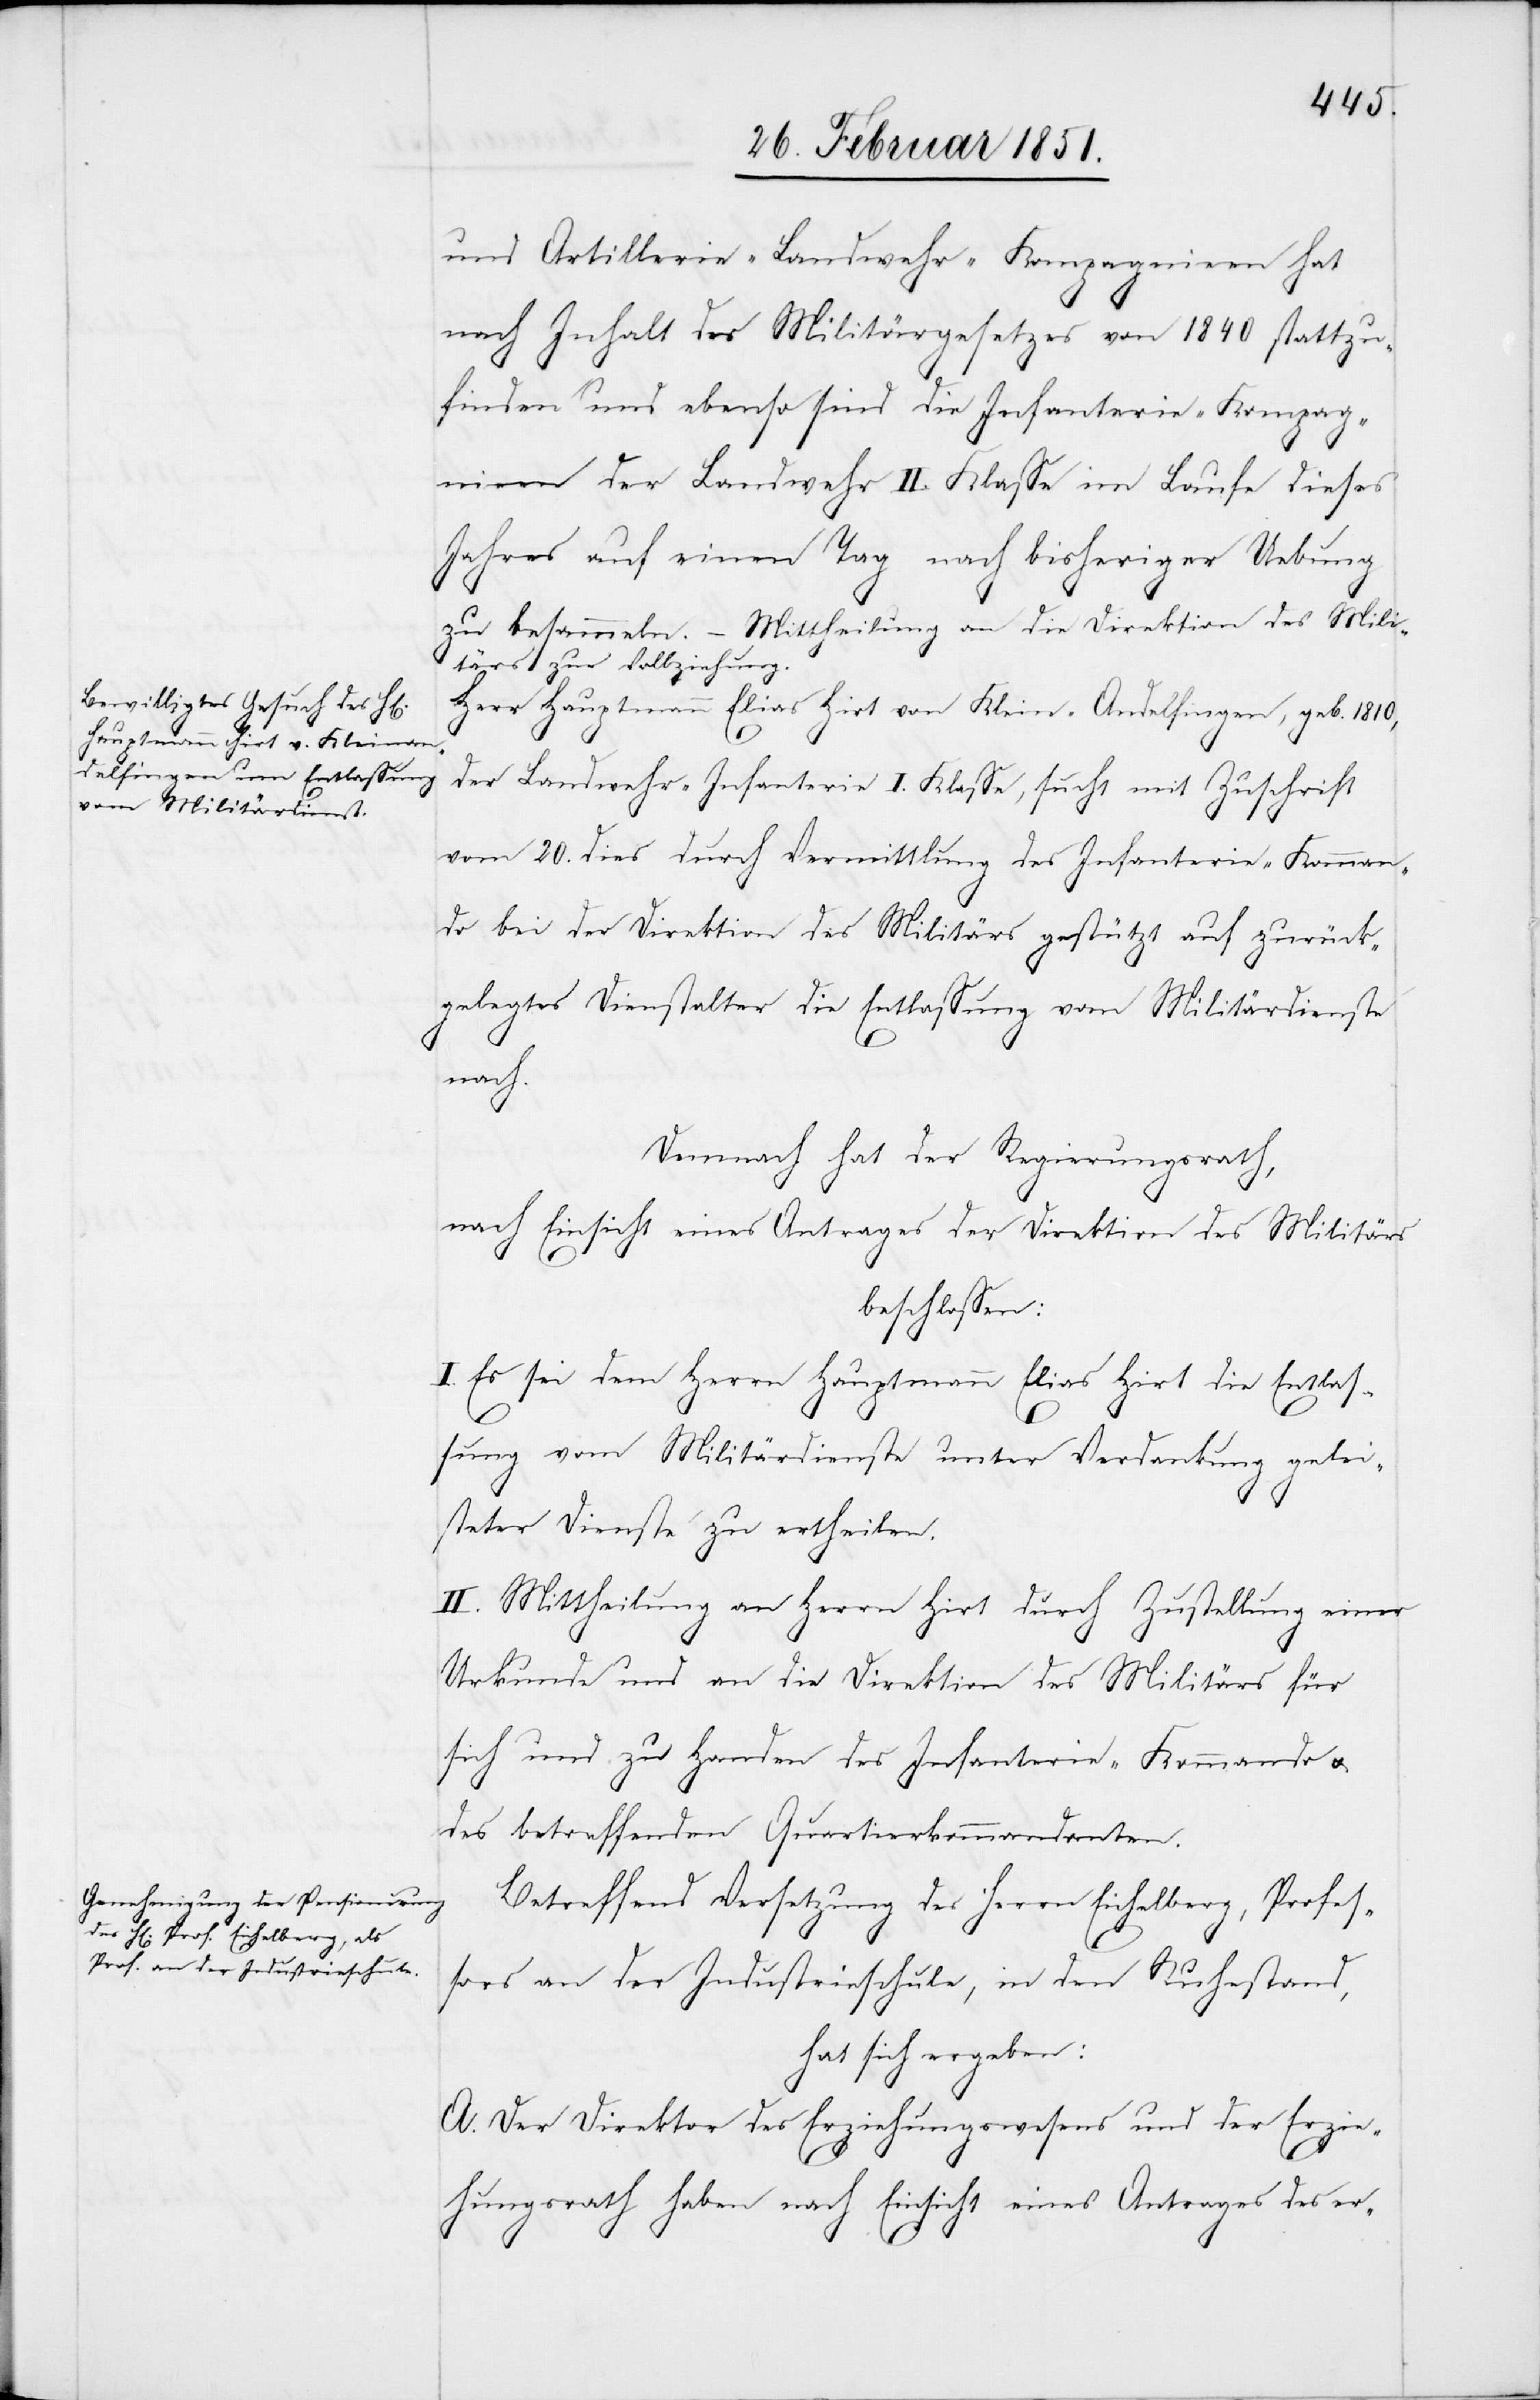
und Artillerie-Landwehr-Kompagnien hat
nach Inhalt des Militärgesetzes von 1840 stattzu¬
finden und ebenso sind die Infanterie-Kompagnieen
[sic!] der Landwehr II. Klasse im Laufe dieses
Jahres auf einen Tag nach bisheriger Uebung
zu besammeln. – Mittheilung an die Direktion des Mili¬
tärs zur Vollziehung.
Herr Hauptmann Elias Hirt von Klein-Andelfingen, geb. 1810,
der Landwehr-Infanterie I. Klasse, sucht mit Zuschrift
vom 20. dies[s] durch Vermittlung des Infanterie-Komman¬
do bei der Direktion des Militärs gestützt auf zurück¬
gelegtes Dienstalter die Entlassung vom Militärdienste
nach.
Demnach hat der Regierungsrath,
nach Einsicht eines Antrages der Direktion des Militärs
beschlossen:
I. Es sei dem Herrn Hauptmann Elias Hirt die Entlas¬
sung vom Militärdienste unter Verdankung gelei¬
steter Dienste zu ertheilen.
II. Mittheilung an Herrn Hirt durch Zustellung einer
Urkunde und an die Direktion des Militärs für
sich und zu Handen des Infanterie-Kommando u.
des betreffenden Quartierkommandanten.
Betreffend Versetzung des Herrn Eichelberg, Profes¬
sors an der Industrieschule, in den Ruhestand,
hat sich ergeben:
A. Der Direktor des Erziehungswesens und der Erzie¬
hungsrath haben nach Einsicht eines Antrages des er-